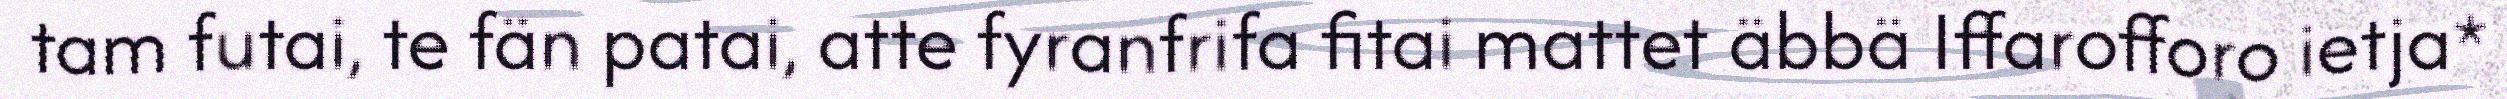
tam futai, te fän patai, atte fyranfrifa fitai mattet äbbä Iffarofforo ietja*